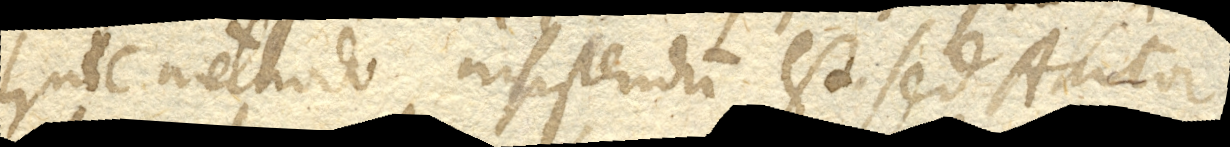
huic methodo insistendum est. Sed Autor